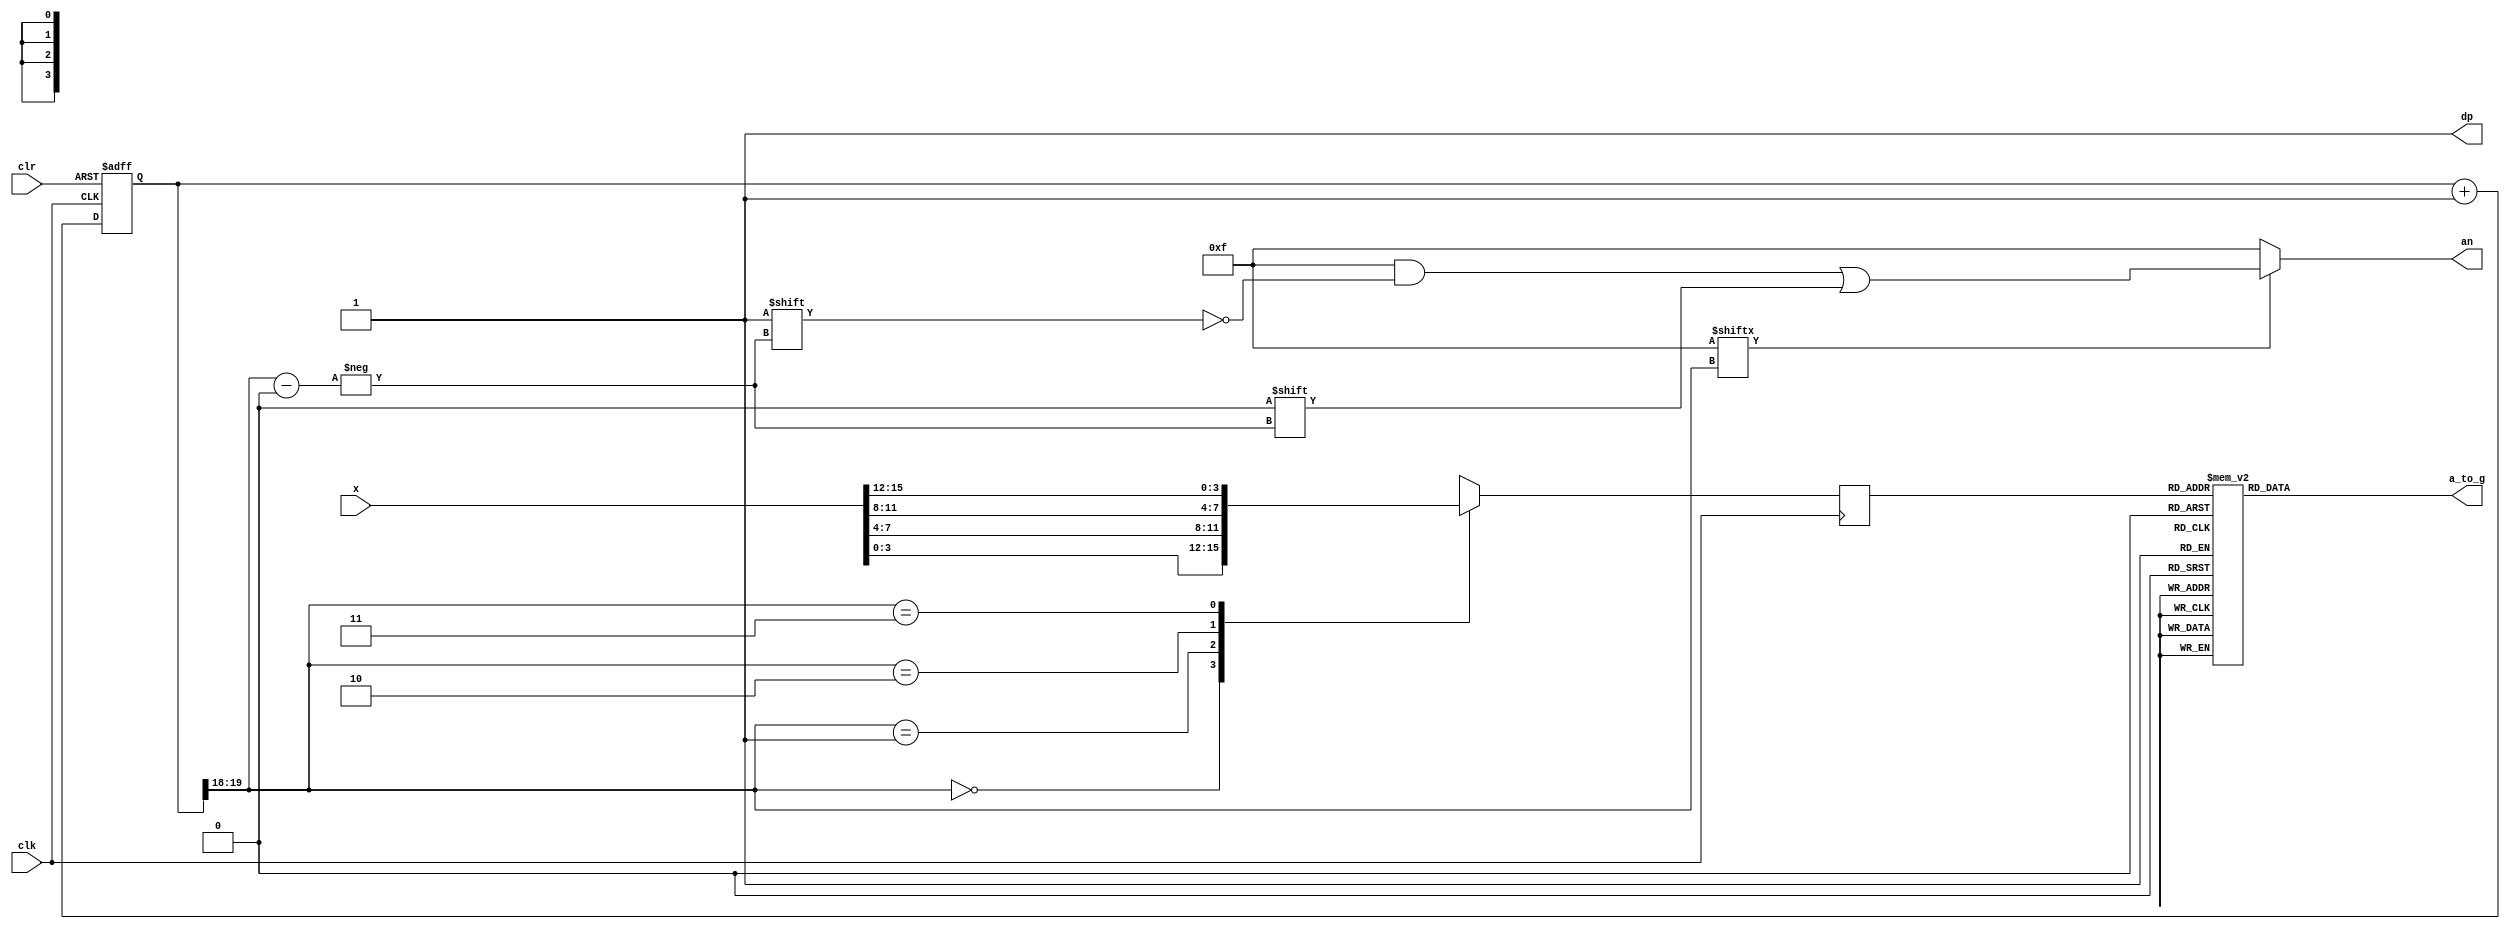
module seg7decimal(

	 input [15:0] x,
    input clk,
    input clr,
    output reg [6:0] a_to_g,
    output reg [3:0] an,
    output wire dp 
	 );
	 
	 
wire [1:0] s;	 
reg [3:0] digit;
wire [3:0] aen;
reg [19:0] clkdiv;

assign dp = 1;
assign s = clkdiv[19:18];
assign aen = 4'b1111; // all turned off initially

// quad 4to1 MUX.


always @(posedge clk)// or posedge clr)
	
	case(s)
	0:digit = x[3:0]; // s is 00 -->0 ;  digit gets assigned 4 bit value assigned to x[3:0]
	1:digit = x[7:4]; // s is 01 -->1 ;  digit gets assigned 4 bit value assigned to x[7:4]
	2:digit = x[11:8]; // s is 10 -->2 ;  digit gets assigned 4 bit value assigned to x[11:8
	3:digit = x[15:12]; // s is 11 -->3 ;  digit gets assigned 4 bit value assigned to x[15:12]
	
	default:digit = x[3:0];
	
	endcase
	
	//decoder or truth-table for 7a_to_g display values
	always @(*)

case(digit)


//////////<---MSB-LSB<---
//////////////gfedcba////////////////////////////////////////////              a
0:a_to_g = 7'b1000000;////0000												   __					
1:a_to_g = 7'b1111001;////0001												f/	  /b
2:a_to_g = 7'b0100100;////0010												  g
//                                                                           __	
3:a_to_g = 7'b0110000;////0011										 	 e /   /c
4:a_to_g = 7'b0011001;////0100												 __
5:a_to_g = 7'b0010010;////0101                                               d  
6:a_to_g = 7'b0000010;////0110
7:a_to_g = 7'b1111000;////0111
8:a_to_g = 7'b0000000;////1000
9:a_to_g = 7'b0010000;////1001
'hA:a_to_g = 7'b0111111; // dash-(g)
'hB:a_to_g = 7'b1111111; // all turned off
'hC:a_to_g = 7'b1110111;

default: a_to_g = 7'b0000000; // U

endcase


always @(*)begin
an=4'b1111;
if(aen[s] == 1)
an[s] = 0;
end


//clkdiv

always @(posedge clk or posedge clr) begin
if ( clr == 1)
clkdiv <= 0;
else
clkdiv <= clkdiv+1;
end


endmodule